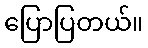
ပြောပြတယ်။